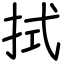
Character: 拭